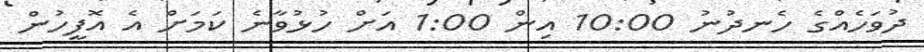
ދުވަހެއްގެ ހެނދުނު 10:00 އިން 1:00 އަށް ހުޅުވާނެ ކަމަށް އެ އޮފީހުން